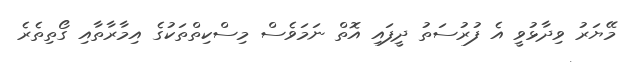
މޭޔަރު ވިދާޅުވީ އެ ފުރުސަތު ދީފައި އޮތް ނަމަވެސް މިސްކިތްތަކުގެ އިމާރާތާއި ގޯތިތެރެ